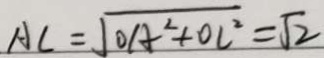
A C = \sqrt { O A ^ { 2 } + O C ^ { 2 } } = \sqrt { 2 }